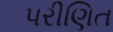
પરીણિત